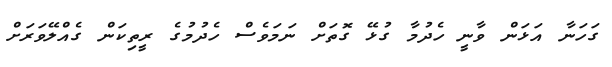
ގަހަނާ އަޅަން ވާނީ ހެދުމާ ގުޅޭ ގޮތަށް ނަމަވެސް ހެދުމުގެ ރީތިކަން ގެއްލޭވަރަށް